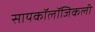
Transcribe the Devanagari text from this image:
सायकॉलॉजिकली